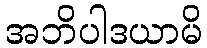
အဘိပါဒယာမိ